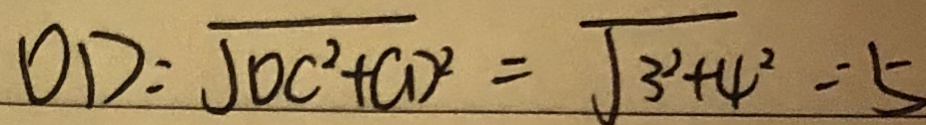
O D = \sqrt { O C ^ { 2 } + C D ^ { 2 } } = \sqrt { 3 ^ { 2 } + 4 ^ { 2 } } = 5